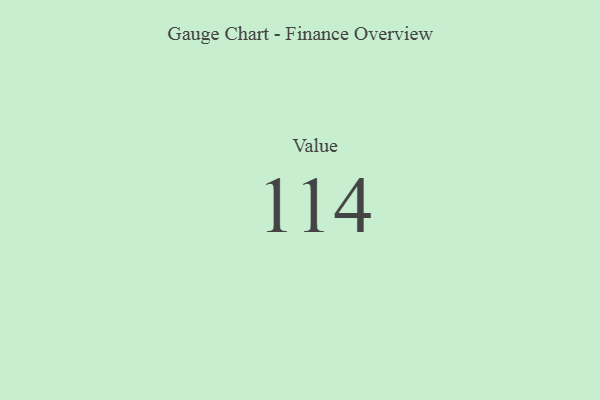
{"axis": {"x": "Metric", "y": "Value"}, "legend": [""], "data": [{"x": "Value", "y": 114, "type": ""}]}